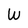
Character: W